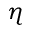
\eta